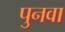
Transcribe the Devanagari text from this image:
पुनवा